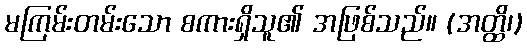
မကြမ်းတမ်းသော စကားရှိသူ၏ အဖြစ်သည်။ (အတ္ထိ၊)